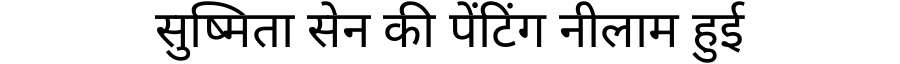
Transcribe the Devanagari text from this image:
सुष्मिता सेन की पेंटिंग नीलाम हुई